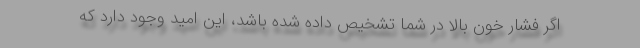
اگر فشار خون بالا در شما تشخیص داده شده باشد، این امید وجود دارد که